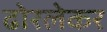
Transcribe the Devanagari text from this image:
ढोरलेकर